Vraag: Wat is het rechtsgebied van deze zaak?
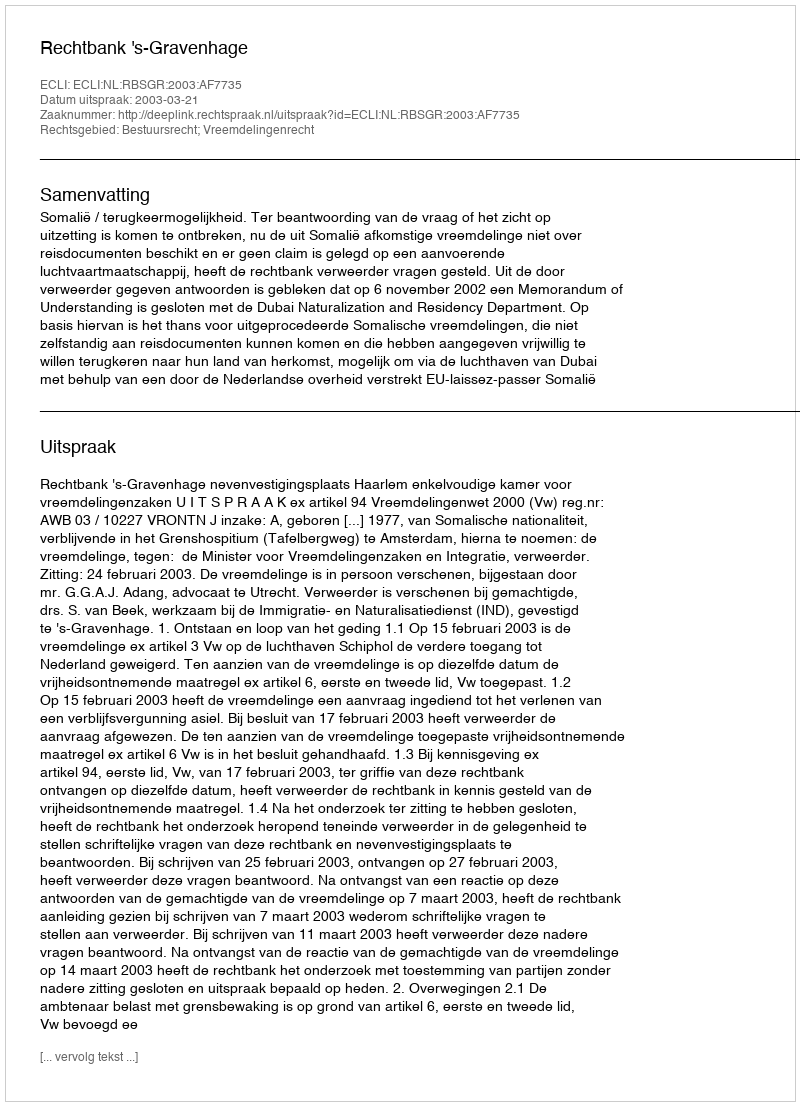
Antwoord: Bestuursrecht; Vreemdelingenrecht